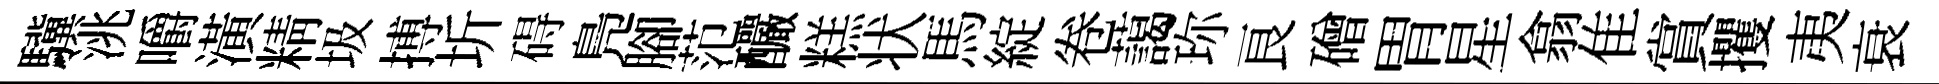
驥洮嚼潢精圾搏圻碍鳬腳范釅糕状馬綻卷藹珎良磳胃星翕隹賞攫夷衰